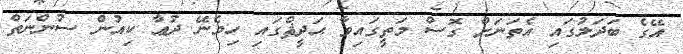
އޭގެ ބަދަލުގައި އެތަނަށް ގޮސް މަތީގައިވާ ޙަދީޘްގައި ހިމެނޭ ދުޢާ ކިއުން ސުންނަތް